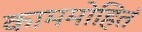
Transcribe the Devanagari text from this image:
काममोहितं